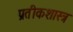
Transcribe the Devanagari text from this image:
प्रतीकशास्त्र